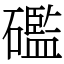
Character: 礛